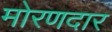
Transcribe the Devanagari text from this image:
मोरणदार